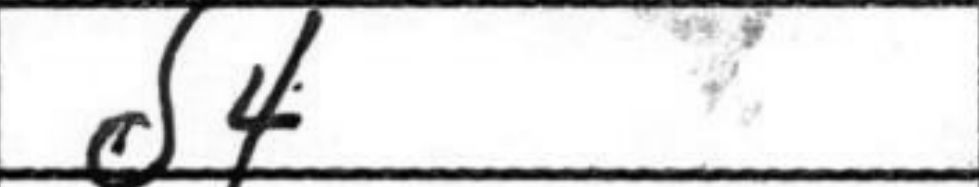
Transcription: d4